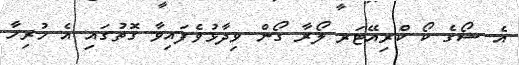
އެ ޝޯގެ ކޯ ކްރިއޭޓަރ ލޯރާ ގޯން ވިދާޅުވެފައިވާ ގޮތުގައި އެ ހުރިހާ